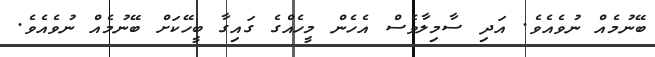
ބޭނުމެއް ނުވެއެވެ. އަދި ސާމިލާވެސް އެހެން މީހެއްގެ ގައިގާ ބީހޭކަށް ބޭނުމެއް ނުވެއެވެ.